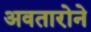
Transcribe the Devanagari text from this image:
अवतारोने